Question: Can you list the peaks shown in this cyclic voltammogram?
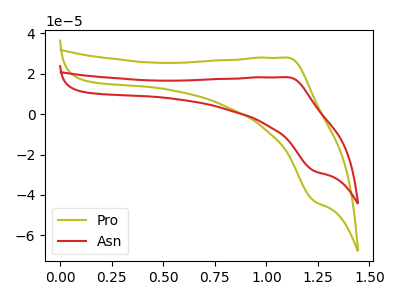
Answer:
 <answer>The olive curve "Pro" has an anodic peak at (1.10V, 28.00uA) and a cathodic peak at (1.25V, -43.05uA). The red curve "Asn" has an anodic peak at (1.10V, 18.30uA) and a cathodic peak at (1.25V, -28.10uA).</answer>
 <eval></eval>